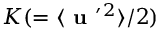
K ( = \langle { { \textbf { u } } ^ { \prime } { } ^ { 2 } } \rangle / 2 )